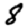
Digit: 8